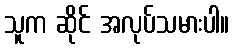
သူက ဆိုင် အလုပ်သမားပါ။